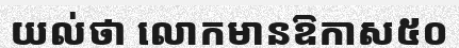
យល់ថា លោកមានឱកាស៥០